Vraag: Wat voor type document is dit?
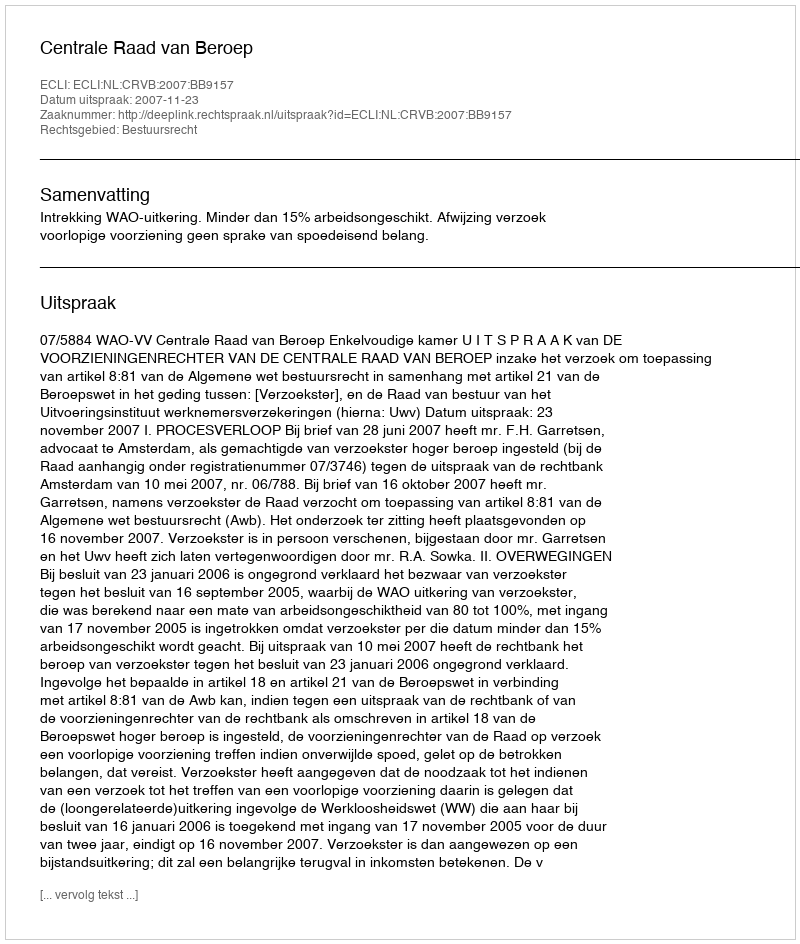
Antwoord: Uitspraak